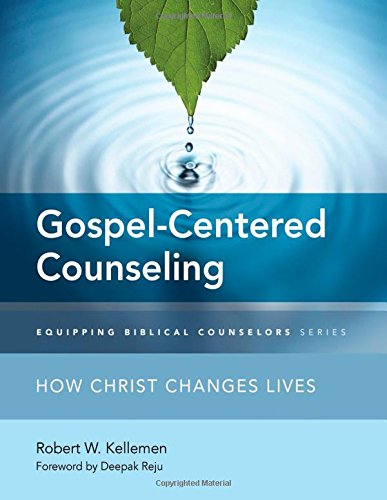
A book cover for Gospel-Centered Counseling: How Christ Changes Lives (Equipping Biblical Counselors); Robert W. Kellemen; Christian Books & Bibles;